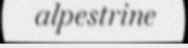
alpestrine